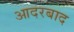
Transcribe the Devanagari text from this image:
आदरबाद